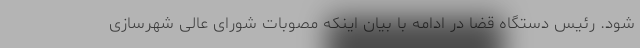
شود. رئیس دستگاه قضا در ادامه با بیان اینکه مصوبات شورای عالی شهرسازی